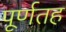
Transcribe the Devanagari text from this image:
पूर्णतह